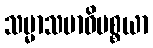
သမ္မာသမာဓိပစ္စယာ